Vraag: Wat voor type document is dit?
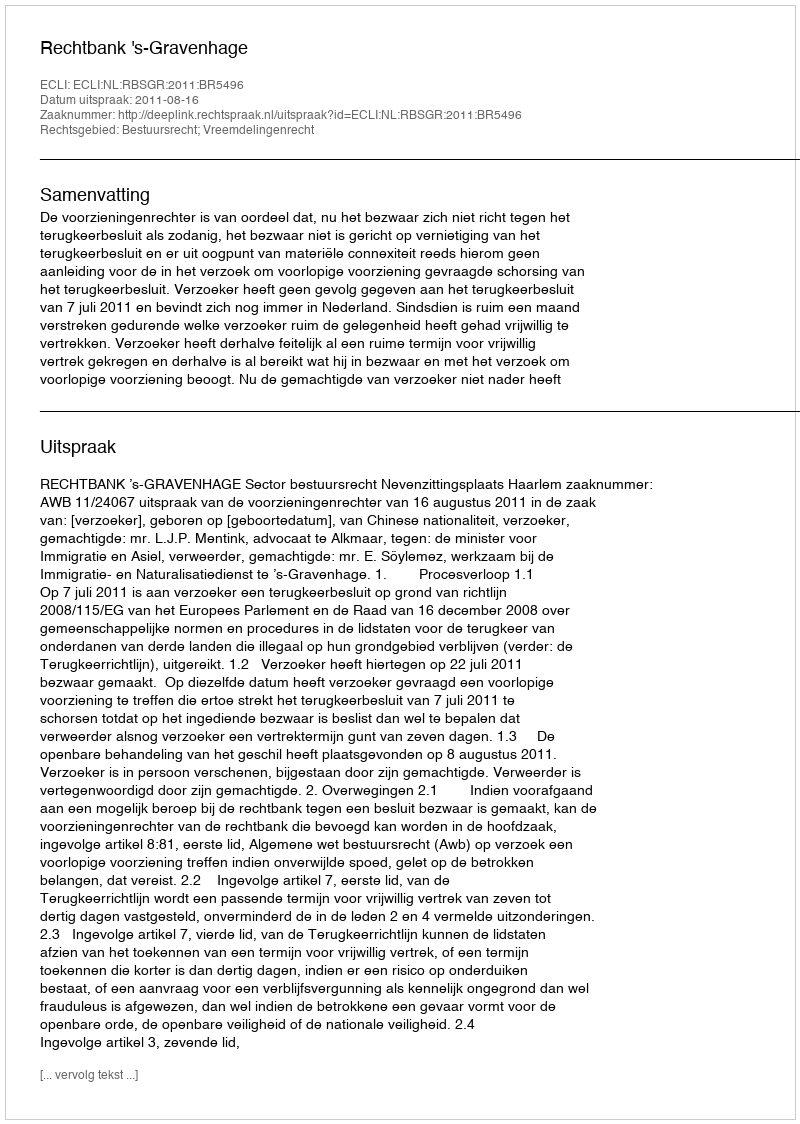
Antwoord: Uitspraak